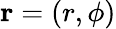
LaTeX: \mathbf{r}=(r,\phi)